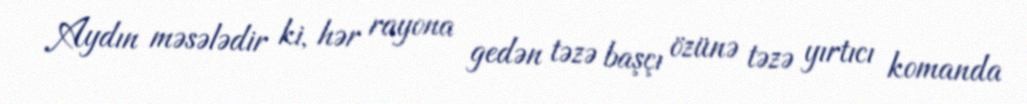
Aydın məsələdir ki, hər rayona gedən təzə başçı özünə təzə yırtıcı komanda